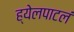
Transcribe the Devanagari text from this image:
ह्येलपाटलं